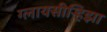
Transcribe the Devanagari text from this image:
ग्लायसीर्‍हिझा